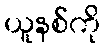
ယူနစ်ကို